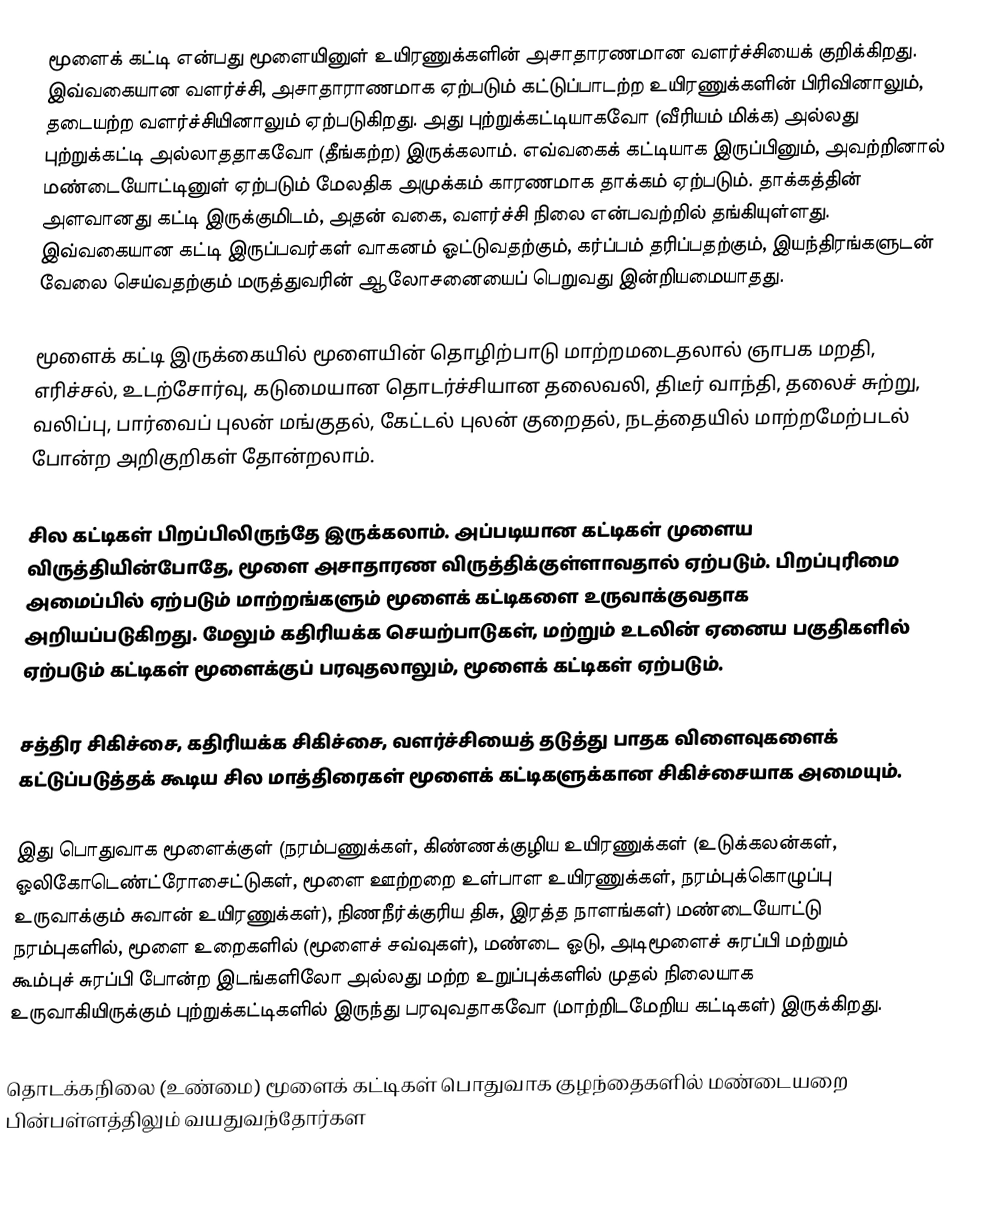
மூளைக் கட்டி என்பது மூளையினுள் உயிரணுக்களின் அசாதாரணமான வளர்ச்சியைக் குறிக்கிறது. இவ்வகையான வளர்ச்சி, அசாதாராணமாக ஏற்படும் கட்டுப்பாடற்ற உயிரணுக்களின் பிரிவினாலும், தடையற்ற வளர்ச்சியினாலும் ஏற்படுகிறது. அது புற்றுக்கட்டியாகவோ (வீரியம் மிக்க) அல்லது புற்றுக்கட்டி அல்லாததாகவோ (தீங்கற்ற) இருக்கலாம். எவ்வகைக் கட்டியாக இருப்பினும், அவற்றினால் மண்டையோட்டினுள் ஏற்படும் மேலதிக அமுக்கம் காரணமாக தாக்கம் ஏற்படும். தாக்கத்தின் அளவானது கட்டி இருக்குமிடம், அதன் வகை, வளர்ச்சி நிலை என்பவற்றில் தங்கியுள்ளது. இவ்வகையான கட்டி இருப்பவர்கள் வாகனம் ஓட்டுவதற்கும், கர்ப்பம் தரிப்பதற்கும், இயந்திரங்களுடன் வேலை செய்வதற்கும் மருத்துவரின் ஆலோசனையைப் பெறுவது இன்றியமையாதது.

மூளைக் கட்டி இருக்கையில் மூளையின் தொழிற்பாடு மாற்றமடைதலால் ஞாபக மறதி, எரிச்சல், உடற்சோர்வு, கடுமையான தொடர்ச்சியான தலைவலி, திடீர் வாந்தி, தலைச் சுற்று, வலிப்பு, பார்வைப் புலன் மங்குதல், கேட்டல் புலன் குறைதல், நடத்தையில் மாற்றமேற்படல் போன்ற அறிகுறிகள் தோன்றலாம்.

சில கட்டிகள் பிறப்பிலிருந்தே இருக்கலாம். அப்படியான கட்டிகள் முளைய விருத்தியின்போதே, மூளை அசாதாரண விருத்திக்குள்ளாவதால் ஏற்படும். பிறப்புரிமை அமைப்பில் ஏற்படும் மாற்றங்களும் மூளைக் கட்டிகளை உருவாக்குவதாக அறியப்படுகிறது. மேலும் கதிரியக்க செயற்பாடுகள், மற்றும் உடலின் ஏனைய பகுதிகளில் ஏற்படும் கட்டிகள் மூளைக்குப் பரவுதலாலும், மூளைக் கட்டிகள் ஏற்படும்.

சத்திர சிகிச்சை, கதிரியக்க சிகிச்சை, வளர்ச்சியைத் தடுத்து பாதக விளைவுகளைக் கட்டுப்படுத்தக் கூடிய சில மாத்திரைகள் மூளைக் கட்டிகளுக்கான சிகிச்சையாக அமையும்.

இது பொதுவாக மூளைக்குள் (நரம்பணுக்கள், கிண்ணக்குழிய உயிரணுக்கள் (உடுக்கலன்கள், ஓலிகோடெண்ட்ரோசைட்டுகள், மூளை ஊற்றறை உள்பாள உயிரணுக்கள், நரம்புக்கொழுப்பு உருவாக்கும் சுவான் உயிரணுக்கள்), நிணநீர்க்குரிய திசு, இரத்த நாளங்கள்) மண்டையோட்டு நரம்புகளில், மூளை உறைகளில் (மூளைச் சவ்வுகள்), மண்டை ஓடு, அடிமூளைச் சுரப்பி மற்றும் கூம்புச் சுரப்பி போன்ற இடங்களிலோ அல்லது மற்ற உறுப்புக்களில் முதல் நிலையாக உருவாகியிருக்கும் புற்றுக்கட்டிகளில் இருந்து பரவுவதாகவோ (மாற்றிடமேறிய கட்டிகள்) இருக்கிறது.

தொடக்கநிலை (உண்மை) மூளைக் கட்டிகள் பொதுவாக குழந்தைகளில் மண்டையறை பின்பள்ளத்திலும் வயதுவந்தோர்கள